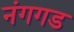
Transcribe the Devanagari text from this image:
नंगगड